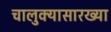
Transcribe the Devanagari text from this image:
चालुक्यासारख्या